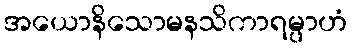
အယောနိသောမနသိကာရမ္ပာဟံ